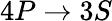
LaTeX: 4P\rightarrow 3S